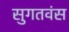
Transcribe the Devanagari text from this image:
सुगतवंस